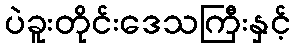
ပဲခူးတိုင်းဒေသကြီးနှင့်